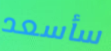
سأسعد